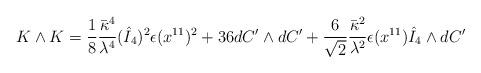
LaTeX: \begin{align*}K \wedge K = \frac{1}{8} \frac{\bar{\kappa}^4}{\lambda^4} (\hat{I}_4)^2 \epsilon(x^{11})^2 + 36 dC' \wedge dC' + \frac{6}{\sqrt{2}} \frac{\bar{\kappa}^2}{\lambda^2}\epsilon(x^{11}) \hat{I}_4 \wedge dC'\end{align*}